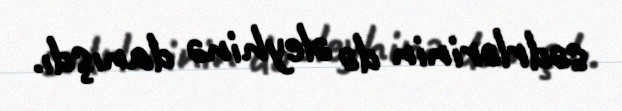
sədrlərinin də əleyhinə danışdı.